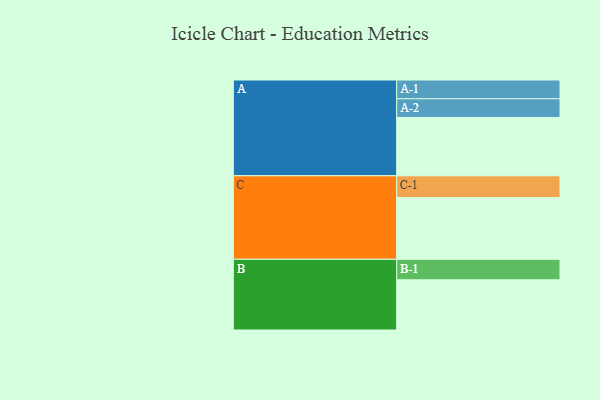
{"axis": {"x": "Segment", "y": "Value"}, "legend": ["", "A", "B", "C"], "data": [{"x": "A", "y": 563, "type": ""}, {"x": "B", "y": 484, "type": ""}, {"x": "C", "y": 595, "type": ""}, {"x": "A-1", "y": 181, "type": "A"}, {"x": "A-2", "y": 180, "type": "A"}, {"x": "B-1", "y": 198, "type": "B"}, {"x": "C-1", "y": 210, "type": "C"}]}